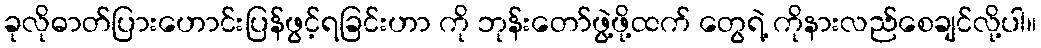
ခုလိုဓာတ်ပြားဟောင်းပြန်ဖွင့်ရခြင်းဟာ ကို ဘုန်းတော်ဖွဲ့ဖို့ထက် တွေရဲ့ ကိုနားလည်စေချင်လို့ပါ။